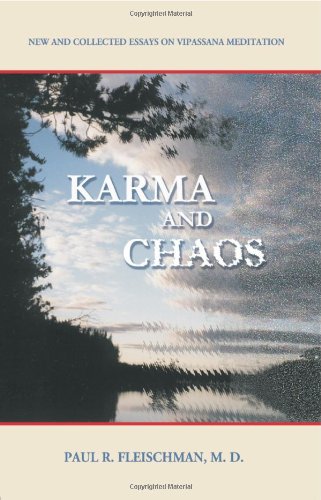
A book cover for Karma and Chaos: New and Collected Essays on Vipassana Meditation (Vipassana Meditation and the Buddha's Teachings); Paul R. Fleischman MD; Religion & Spirituality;